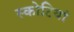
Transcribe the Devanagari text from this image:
स्कोटियां